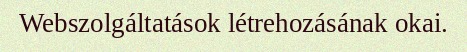
Webszolgáltatások létrehozásának okai.